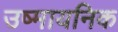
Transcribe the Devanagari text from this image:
उष्मायनिक